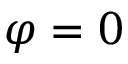
\varphi = 0